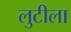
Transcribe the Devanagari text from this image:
लुटीला